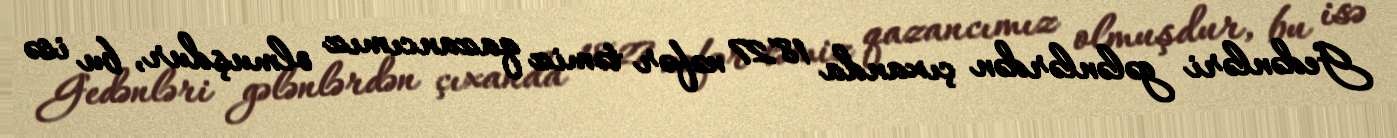
Gedənləri gələnlərdən çıxanda 1827 nəfər təmiz qazancımız olmuşdur, bu isə